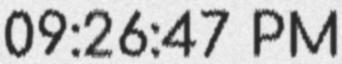
09:26:47 PM